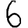
Digit: 6